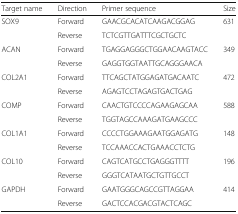
<table><thead><tr><td><b>Target name</b></td><td><b>Direction</b></td><td><b>Primer sequence</b></td><td><b>Size</b></td></tr></thead><tbody><tr><td rowspan="2">SOX9</td><td>Forward</td><td>GAACGCACATCAAGACGGAG</td><td rowspan="2">631</td></tr><tr><td>Reverse</td><td>TCTCGTTGATTTCGCTGCTC</td></tr><tr><td rowspan="2">ACAN</td><td>Forward</td><td>TGAGGAGGGCTGGAACAAGTACC</td><td rowspan="2">349</td></tr><tr><td>Reverse</td><td>GAGGTGGTAATTGCAGGGAACA</td></tr><tr><td rowspan="2">COL2A1</td><td>Forward</td><td>TTCAGCTATGGAGATGACAATC</td><td rowspan="2">472</td></tr><tr><td>Reverse</td><td>AGAGTCCTAGAGTGACTGAG</td></tr><tr><td rowspan="2">COMP</td><td>Forward</td><td>CAACTGTCCCCAGAAGAGCAA</td><td rowspan="2">588</td></tr><tr><td>Reverse</td><td>TGGTAGCCAAAGATGAAGCCC</td></tr><tr><td rowspan="2">COL1A1</td><td>Forward</td><td>CCCCTGGAAAGAATGGAGATG</td><td rowspan="2">148</td></tr><tr><td>Reverse</td><td>TCCAAACCACTGAAACCTCTG</td></tr><tr><td rowspan="2">COL10</td><td>Forward</td><td>CAGTCATGCCTGAGGGTTTT</td><td rowspan="2">196</td></tr><tr><td>Reverse</td><td>GGGTCATAATGCTGTTGCCT</td></tr><tr><td rowspan="2">GAPDH</td><td>Forward</td><td>GAATGGGCAGCCGTTAGGAA</td><td rowspan="2">414</td></tr><tr><td>Reverse</td><td>GACTCCACGACGTACTCAGC</td></tr></tbody></table>